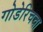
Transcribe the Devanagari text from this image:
गोडेरिचचा